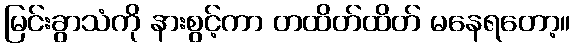
မြင်းခွာသံကို နားစွင့်ကာ တထိတ်ထိတ် မနေရတော့။